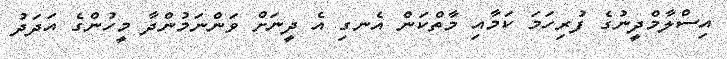
އިސްލާމްދީނުގެ ފުރިހަމަ ކަމާއި މާތްކަން އެނގި އެ ދީނަށް ވަންނަމުންދާ މީހުންގެ އަދަދު